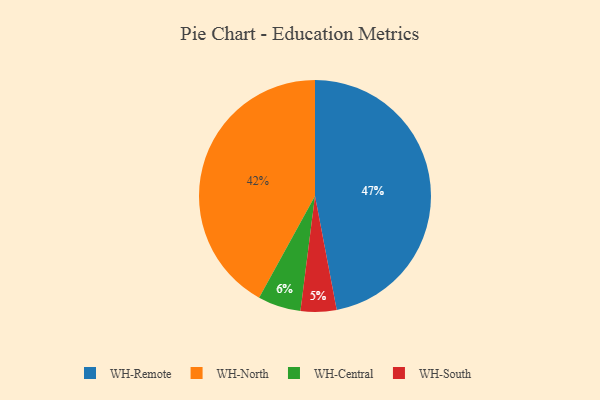
{"axis": {"x": "Category", "y": "Percentage"}, "legend": ["WH-Central", "WH-North", "WH-Remote", "WH-South"], "data": [{"x": "WH-South", "y": 5, "type": "WH-South"}, {"x": "WH-Remote", "y": 47, "type": "WH-Remote"}, {"x": "WH-Central", "y": 6, "type": "WH-Central"}, {"x": "WH-North", "y": 42, "type": "WH-North"}]}